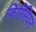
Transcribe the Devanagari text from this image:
फिरिसियन